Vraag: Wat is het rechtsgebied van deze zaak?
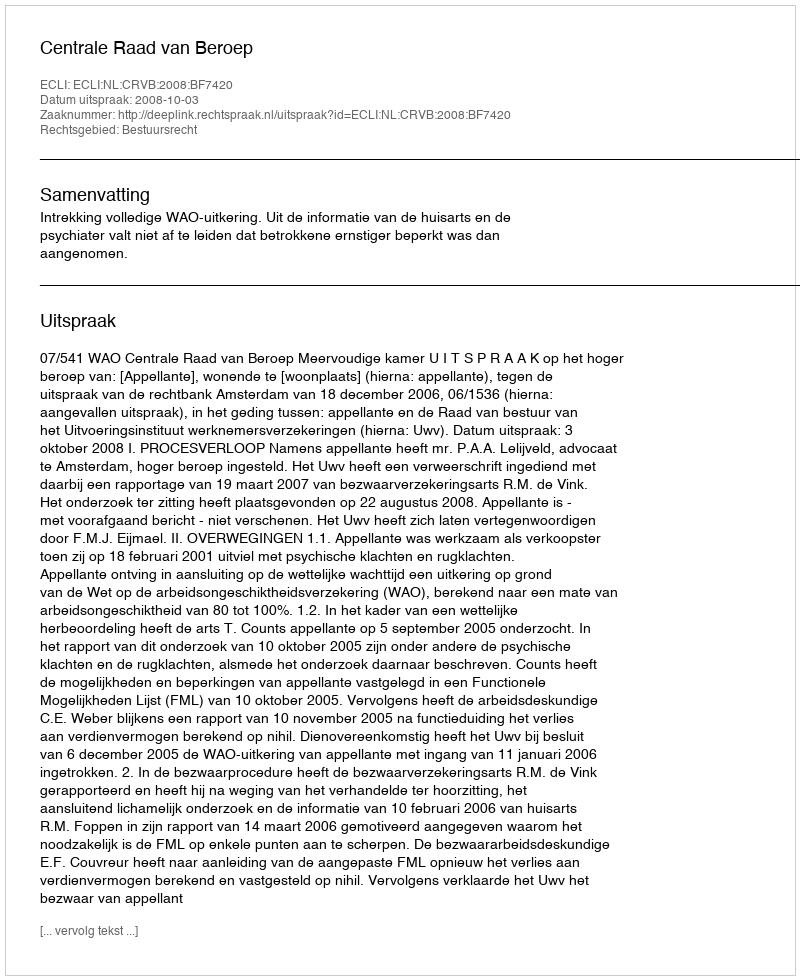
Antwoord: Bestuursrecht